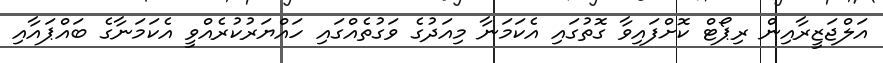
އަލްޖަޒީރާއިން ރިޕޯޓް ކޮށްފައިވާ ގޮތުގައި އެކަމަނާ މިއަދުގެ ވަގުތެއްގައި ހައްޔަރުކުރެއްވީ އެކަމަނާގެ ބައްޕައާއި